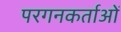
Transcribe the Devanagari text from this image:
परगनकर्ताओं